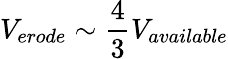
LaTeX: V_{erode}\sim\frac{4}{3}V_{available}